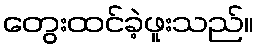
တွေးထင်ခဲ့ဖူးသည်။